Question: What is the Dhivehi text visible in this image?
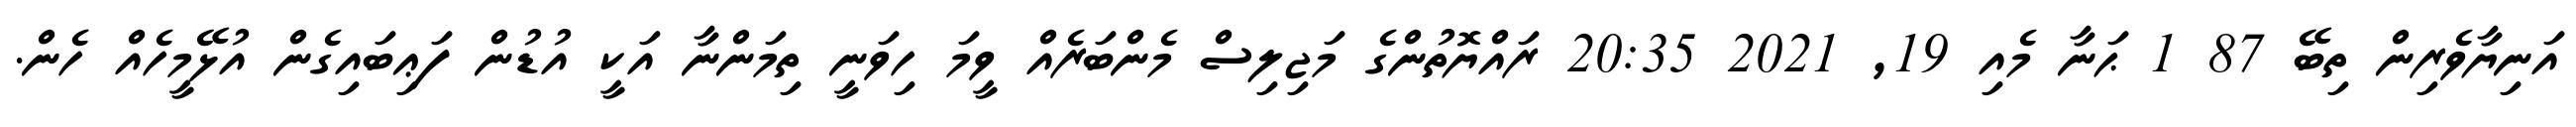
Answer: އަނިޔާވެރިން ތިބޭ 87 1 ޙަނާ މެއި 19, 2021 20:35 ރައްޔޮތުންގެ މަޖިލިސް މެންބަރެއް ވީމަ ހިވަނީ ތިމަންނާ އަކީ އުޑުން ފަޢިބައިގެން އުޅޭމީހެއް ހެން.